Vital statistics of India. Vol. IV, Annual returns from 1871 to 1876. British Army of India, Native Army and jails of Bengal
Year: 1871
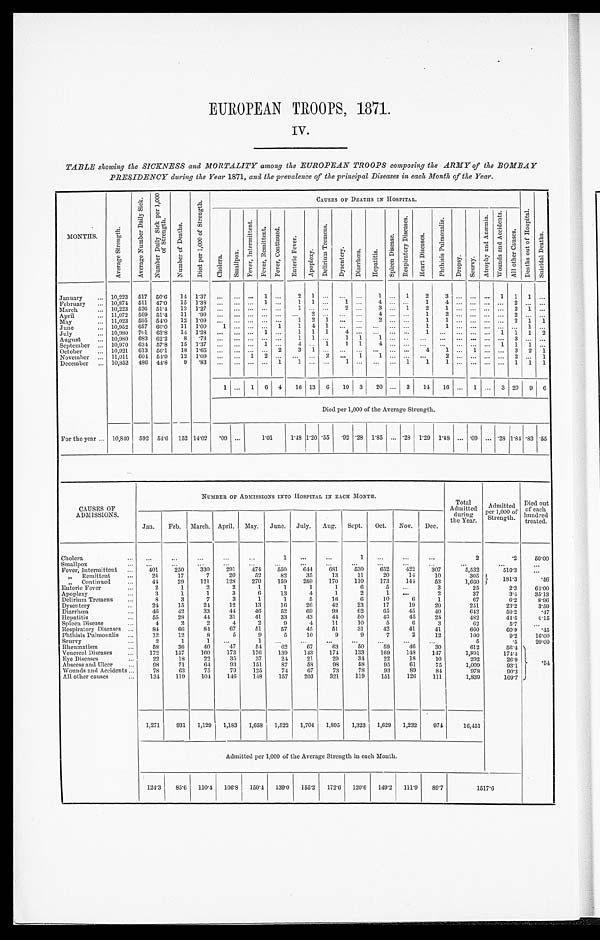
EUROPEAN TROOPS, 1871.
IV.
TABLE showing the SICKNESS and MORTALITY among the EUROPEAN TROOPS composing the ARMY of the BOMBAY
PRESIDENCY during the Year 1871, and the prevalence of the principal Diseases in each Month of the Year.
M o n t h s
A v e r a g e S t r e n g t h
A v e r a g e n u m b e r D a i l y S i c k . N u m b e r D a i l y S i c k P e r 1 , 0 0 0 o f S t r e n g h t
N u m b e r o f D e a t h s .
D i e d p e r 1 , 0 0 0 o f S t r e n g t h .
CAUSES OF DEATHS IN HOSPITAL.
D e a t h s o u t o f H o s p i t a l .
S u i c i d a l D e a t h s .
C h o l e r a .
S m a l l p o x .
F e v e r , I n t e r m i t t e n t .
F e v e r , R e m i t t e n t .
F e v e r , c o n t i n u e d .
E n t e r i c F e v e r .
A p o [ ; e x y .
D e l i r i u m T r e m e n s .
.
D y s e n t e r y
D i a r r h œ a .
H e p a t i t i s
S p l e e n D i s e a s e .
Re s p i r a t o r y Di s e a s e s .
H e a r t D i s e s e s .
P h t h i s i s P u l m o n a l i s .
D r o s p y .
S c u r v y .
A t r o p h y a n d A n æ m i a .
W o u n d s a n d A c c i d e n t s .
A l l o t h e r C a u s e s .
January
10,223 517 50.6
14 1.37
. . . ... ... 1 ...
2
1
. . .
. . .
. . .
1 ... 1
2
3
. . .
. . .
. . .
1
1 1
. . .
February
10,874 511 47.0
15 1.38 ...
. . .
. . .
1
. . .
1 1 ...
1 ...
4
. . . ...
1
4
. . .
. . .
. . .
. . .
2 . . .
. . .
March
10,223 526 51.4
13 1.27 ... ... ...
. . . ...
1
. . .
. . .
2 ...
3 ... 1
2
1
. . .
. . .
. . .
. . . 2 1 . . .
April
11,079 569 51.4
11
. 9 9 ...
. . . ...
. . . ...
...
2 ...
. . . ...
4
. . . ...
1
2
. . .
. . .
. . .
. . .
2
. . . . . .
May
11,023 595 54.0 12 1.09 ...
. . . ... ... ...
1 2 1 ... ...
2
. . . ...
1
1
. . .
. . .
. . .
. . .
2
1
1
June
10,952 657 60.0
11 1.00
1
. . .
. . .
. . . 1
1
4
1
. . .
. . .
. . .
. . . ...
1
1
. . .
. . .
. . .
. . .
. . .
1
. . .
July
10,980 701 63.8
14 1.28 ... ... ... 1 ...
1 1 1
4
. . .
. . .
. . . ...
1 ... ... ... ...
1
1 1
2
August
10,980 683 62.2
8
. ' 7 3 ...
...
. . . ...
. . .
1 1 ...
1 1
. . .
. . . ...
. . .
. . .
. . .
. . .
. . .
. . .
3
. . . . . .
September
10,970 631 57.8
15 1.37 ... ... ... 1
. . .
4 ... 1
1 1
4
. . . ...
. . .
. . .
. . .
. . .
. . .
1
1
1
. . .
October
10,921. 613 56.1 18 1.65 ...
. . . ... ... 2
3
1
. . .
. . .
. . . ...
... ...
4
1 ... 1 ... ... 3 2 1
November
11,011
604 54.9
12 1.09
. . .
. . . 1 2 ...
... ... 2 ...
1
1
. . . ...
. . .
2
. . .
. . .
. . .
. . .
2
. . .
1
December
10,852 486 41.8
9
83
...
. . .
. . .
. . .
1
1
. . .
. . .
1
. . .
. . .
. . .
1
1
1
. . .
. . .
. . .
. . .
1
1
1
1
. . . 1 6 4
16 13 6
10 3
20 ... 3
14 16 ... 1 ... 3 20 9
6
For the year
Died per 1,000 of the Average Strength.
10,840 592 51.6 152 14.02
. 0 9 ...
1.01
1.48 1.20 .55 .92 .28 1.85 ... .28 1.29 1.48 ... .09 ... .28 1.84 .83
. 5 5
CAUSES OF
ADMISSIONS.
NUMBER OF ADMISSIONSI N T O H O S P I T A L I N E A C H M O N T H .
Total
Admitted
during
the Year.
Admitted
Per 1,000 of Strength.
Died out
of each
hundred
treated.
Jan.
Feb. March. April. May. June. July.
Aug.
Sept.
Oct.
Nov.
Dec.
Cholera
...
...
...
...
...
1
...
...
1
...
. . .
. . .
2
'2
50.00
Smallpox
. . .
...
...
. . . ...
...
...
...
...
...
...
. . .
. . .
. . .
...
Fever, Intermittent
401
250
330
291
474
550
644
681
530
652
422
307
5,532
510'3
. . .
,,
Remittent
24
17
7
20
52
82
35
13
11
20
14
10
305
181.3
.46
„ Continued
44
29
121
128
270
159
259
170
110
173
141
53
1,660 181. 3
. 4 6
Enteric Fever
2
1
2
2
1
1
1
1
6
5
. . .
3
25
2.3
64.00
Apoplexy
3
1
1
3
6
13
4
1
2
1
. . .
2
37
3.4
35.13
Delirium Tremens
8
3
7
3
1
1
5
16
6
10
6
1
67
6.
8.96
Dysentery
21
15
24
12
13
16
26
42
23
17
19
20
251
23.2
3.59
Diarrhœa
46
42
33
44
46
52
69
98
62
65
45
40
649
59.2
.47
Hepatitis
55
28
44
31
41
33
43
44
50
43
45
21
482
44.5
4.15
Spleen Disease
4
2
2
4
2
9
4
11
10
5
6
3
62
5'7
...
Respiratory Diseases
81
66
84
67
51
57
45
51
31
42
41
41
660
60.9
.45
Phthisis Pulmoualis
12
12
8
5
9
5
10
9
9
7
2
12
100
9.2
16.00
Scurvy
2
1
1
...
1
...
...
...
...
. . .
.\46
. . .
5
.5
20.00
Rheumatism
58
36
40
47
54
62
67
63
50
59
4 6
30
612
56.4
Venereal Diseases
172
157
160
17.3
176
139
143
174
133
169
148
147
1,891
174.4
Eye Diseases
22
18
22
35
37
24
21
20
31
22
18
10
292
26.9
Abscess and Ulcer
98
71
64
93
151
87
58
98
58
95
61
75
1,009
93.1
. 5 4
Wounds and Accidents
78
63
75
79
125
74
67
73
78
93
89
84
978
90'2
All other causes
131
119
104
146
148
157
203
391
119
151
126
111
1,839
169.7
1,271
931
1,129
1,183
1,658
1,522
1,704
1,895
1,323
1,629
1,232
974
16,451
Admitted per 1,000 of the Average Strength in each Month.
124.3
85.6
110.4 106.8 150.4 139.0
155.2
172.6
120.6
149.2 111.9
89.7
1517.6